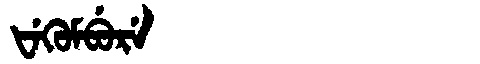
Manchu: ᡶᡝᡴᡠᠮᠪᡠᡵᡝ
Romanization: FEKUMBURE